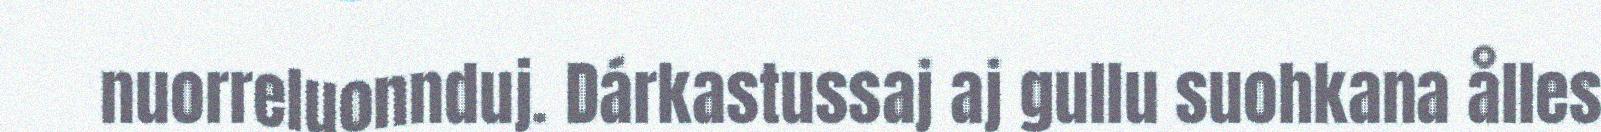
nuorreluonnduj. Dárkastussaj aj gullu suohkana ålles